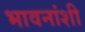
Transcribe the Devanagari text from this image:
भावनांशी